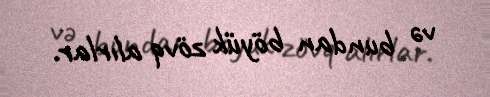
və bundan böyük zövq alırlar.